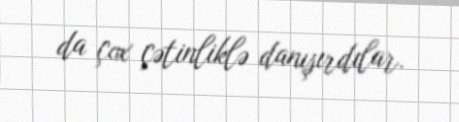
da çox çətinliklə danışırdılar.